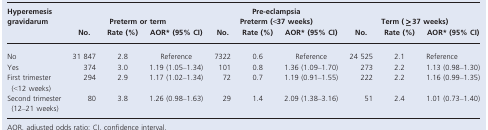
<table><thead><tr><td rowspan="3"><b>Hyperemesis gravidarum</b></td><td colspan="9"><b>Pre-eclampsia</b></td></tr><tr><td colspan="3"><b>Preterm or term</b></td><td colspan="3"><b>Preterm (&lt;37 weeks)</b></td><td colspan="3"><b>Term (≥37 weeks)</b></td></tr><tr><td><b>No.</b></td><td><b>Rate (%)</b></td><td><b>AOR* (95% CI)</b></td><td><b>No.</b></td><td><b>Rate (%)</b></td><td><b>AOR* (95% CI)</b></td><td><b>No.</b></td><td><b>Rate (%)</b></td><td><b>AOR* (95% CI)</b></td></tr></thead><tbody><tr><td>No</td><td>31 847</td><td>2.8</td><td>Reference</td><td>7322</td><td>0.6</td><td>Reference</td><td>24 525</td><td>2.1</td><td>Reference</td></tr><tr><td>Yes</td><td>374</td><td>3.0</td><td>1.19 (1.05–1.34)</td><td>101</td><td>0.8</td><td>1.36 (1.09–1.70)</td><td>273</td><td>2.2</td><td>1.13 (0.98–1.30)</td></tr><tr><td>First trimester (&lt;12 weeks)</td><td>294</td><td>2.9</td><td>1.17 (1.02–1.34)</td><td>72</td><td>0.7</td><td>1.19 (0.91–1.55)</td><td>222</td><td>2.2</td><td>1.16 (0.99–1.35)</td></tr><tr><td>Second trimester (12–21 weeks)</td><td>80</td><td>3.8</td><td>1.26 (0.98–1.63)</td><td>29</td><td>1.4</td><td>2.09 (1.38–3.16)</td><td>51</td><td>2.4</td><td>1.01 (0.73–1.40)</td></tr></tbody></table>